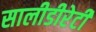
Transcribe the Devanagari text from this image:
सालीडीरेटी